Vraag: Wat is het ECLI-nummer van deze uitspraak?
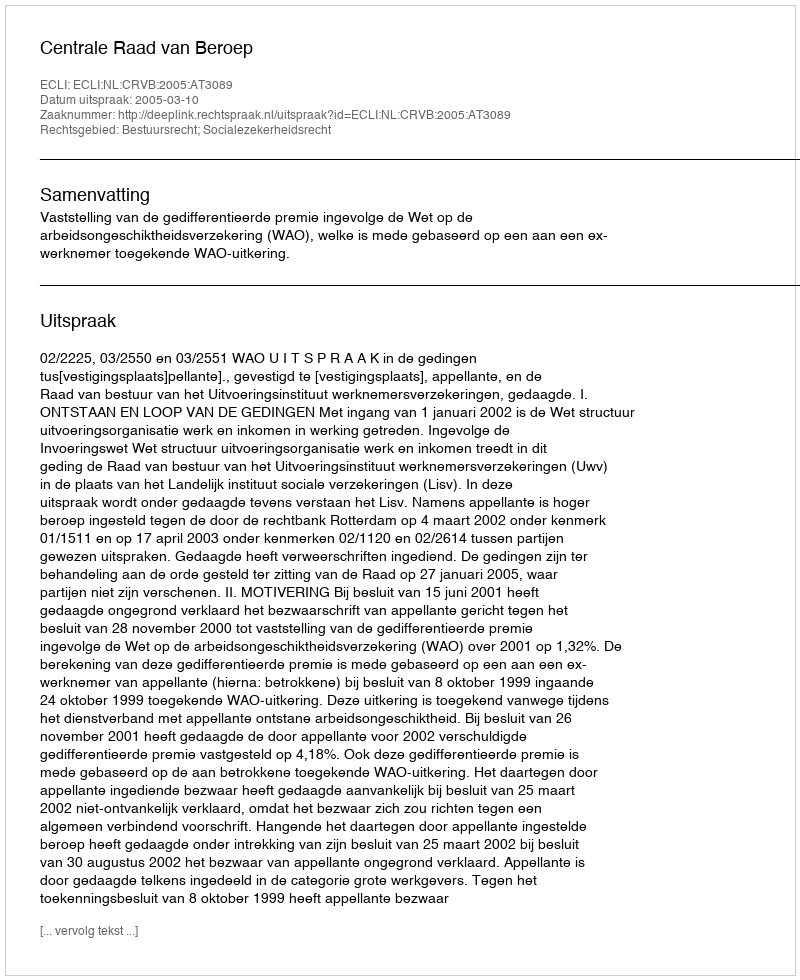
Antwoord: ECLI:NL:CRVB:2005:AT3089